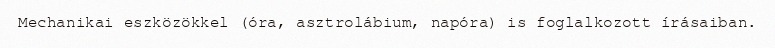
Mechanikai eszközökkel (óra, asztrolábium, napóra) is foglalkozott írásaiban.